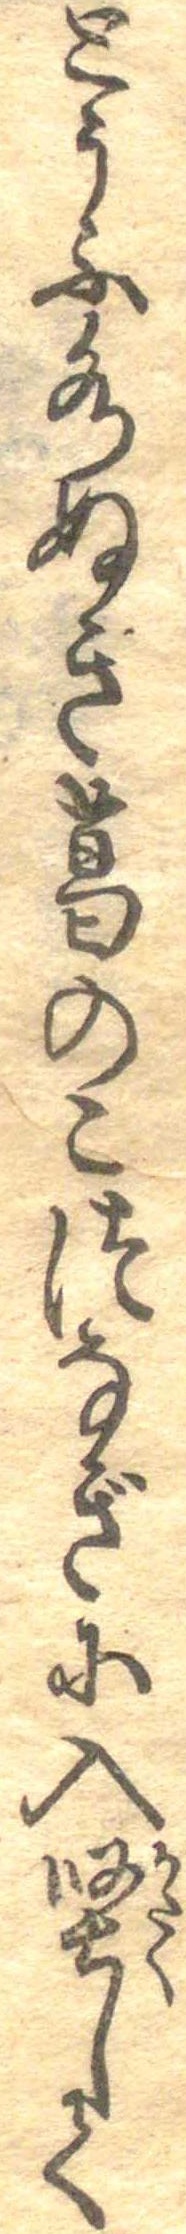
とうふ水ぬき葛のこつなぎに入堅して